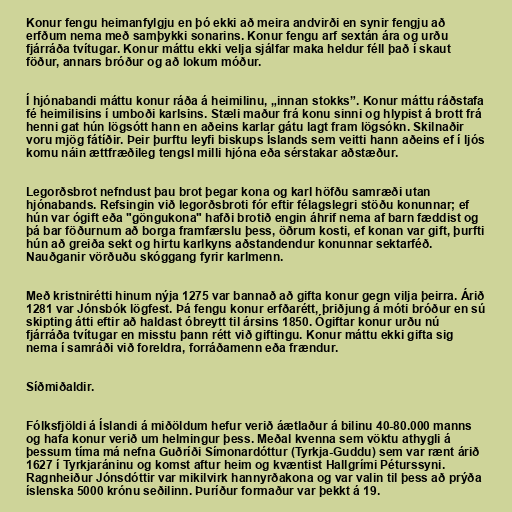
Konur fengu heimanfylgju en þó ekki að meira andvirði en synir fengju að
erfðum nema með samþykki sonarins. Konur fengu arf sextán ára og urðu
fjárráða tvítugar. Konur máttu ekki velja sjálfar maka heldur féll það í skaut
föður, annars bróður og að lokum móður.

Í hjónabandi máttu konur ráða á heimilinu, „innan stokks”. Konur máttu ráðstafa
fé heimilisins í umboði karlsins. Stæli maður frá konu sinni og hlypist á brott frá
henni gat hún lögsótt hann en aðeins karlar gátu lagt fram lögsókn. Skilnaðir
voru mjög fátíðir. Þeir þurftu leyfi biskups Íslands sem veitti hann aðeins ef í ljós
komu náin ættfræðileg tengsl milli hjóna eða sérstakar aðstæður.

Legorðsbrot nefndust þau brot þegar kona og karl höfðu samræði utan
hjónabands. Refsingin við legorðsbroti fór eftir félagslegri stöðu konunnar; ef
hún var ógift eða "göngukona" hafði brotið engin áhrif nema af barn fæddist og
þá bar föðurnum að borga framfærslu þess, öðrum kosti, ef konan var gift, þurfti
hún að greiða sekt og hirtu karlkyns aðstandendur konunnar sektarféð.
Nauðganir vörðuðu skóggang fyrir karlmenn.

Með kristnirétti hinum nýja 1275 var bannað að gifta konur gegn vilja þeirra. Árið
1281 var Jónsbók lögfest. Þá fengu konur erfðarétt, þriðjung á móti bróður en sú
skipting átti eftir að haldast óbreytt til ársins 1850. Ógiftar konur urðu nú
fjárráða tvítugar en misstu þann rétt við giftingu. Konur máttu ekki gifta sig
nema í samráði við foreldra, forráðamenn eða frændur.

Síðmiðaldir.

Fólksfjöldi á Íslandi á miðöldum hefur verið áætlaður á bilinu 40-80.000 manns
og hafa konur verið um helmingur þess. Meðal kvenna sem vöktu athygli á
þessum tíma má nefna Guðríði Símonardóttur (Tyrkja-Guddu) sem var rænt árið
1627 í Tyrkjaráninu og komst aftur heim og kvæntist Hallgrími Péturssyni.
Ragnheiður Jónsdóttir var mikilvirk hannyrðakona og var valin til þess að prýða
íslenska 5000 krónu seðilinn. Þuríður formaður var þekkt á 19.